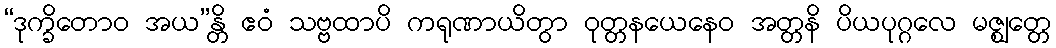
“ဒုက္ခိတောဝ အယ”န္တိ ဧဝံ သဗ္ဗထာပိ ကရုဏာယိတွာ ဝုတ္တနယေနေဝ အတ္တနိ ပိယပုဂ္ဂလေ မဇ္ဈတ္တေ